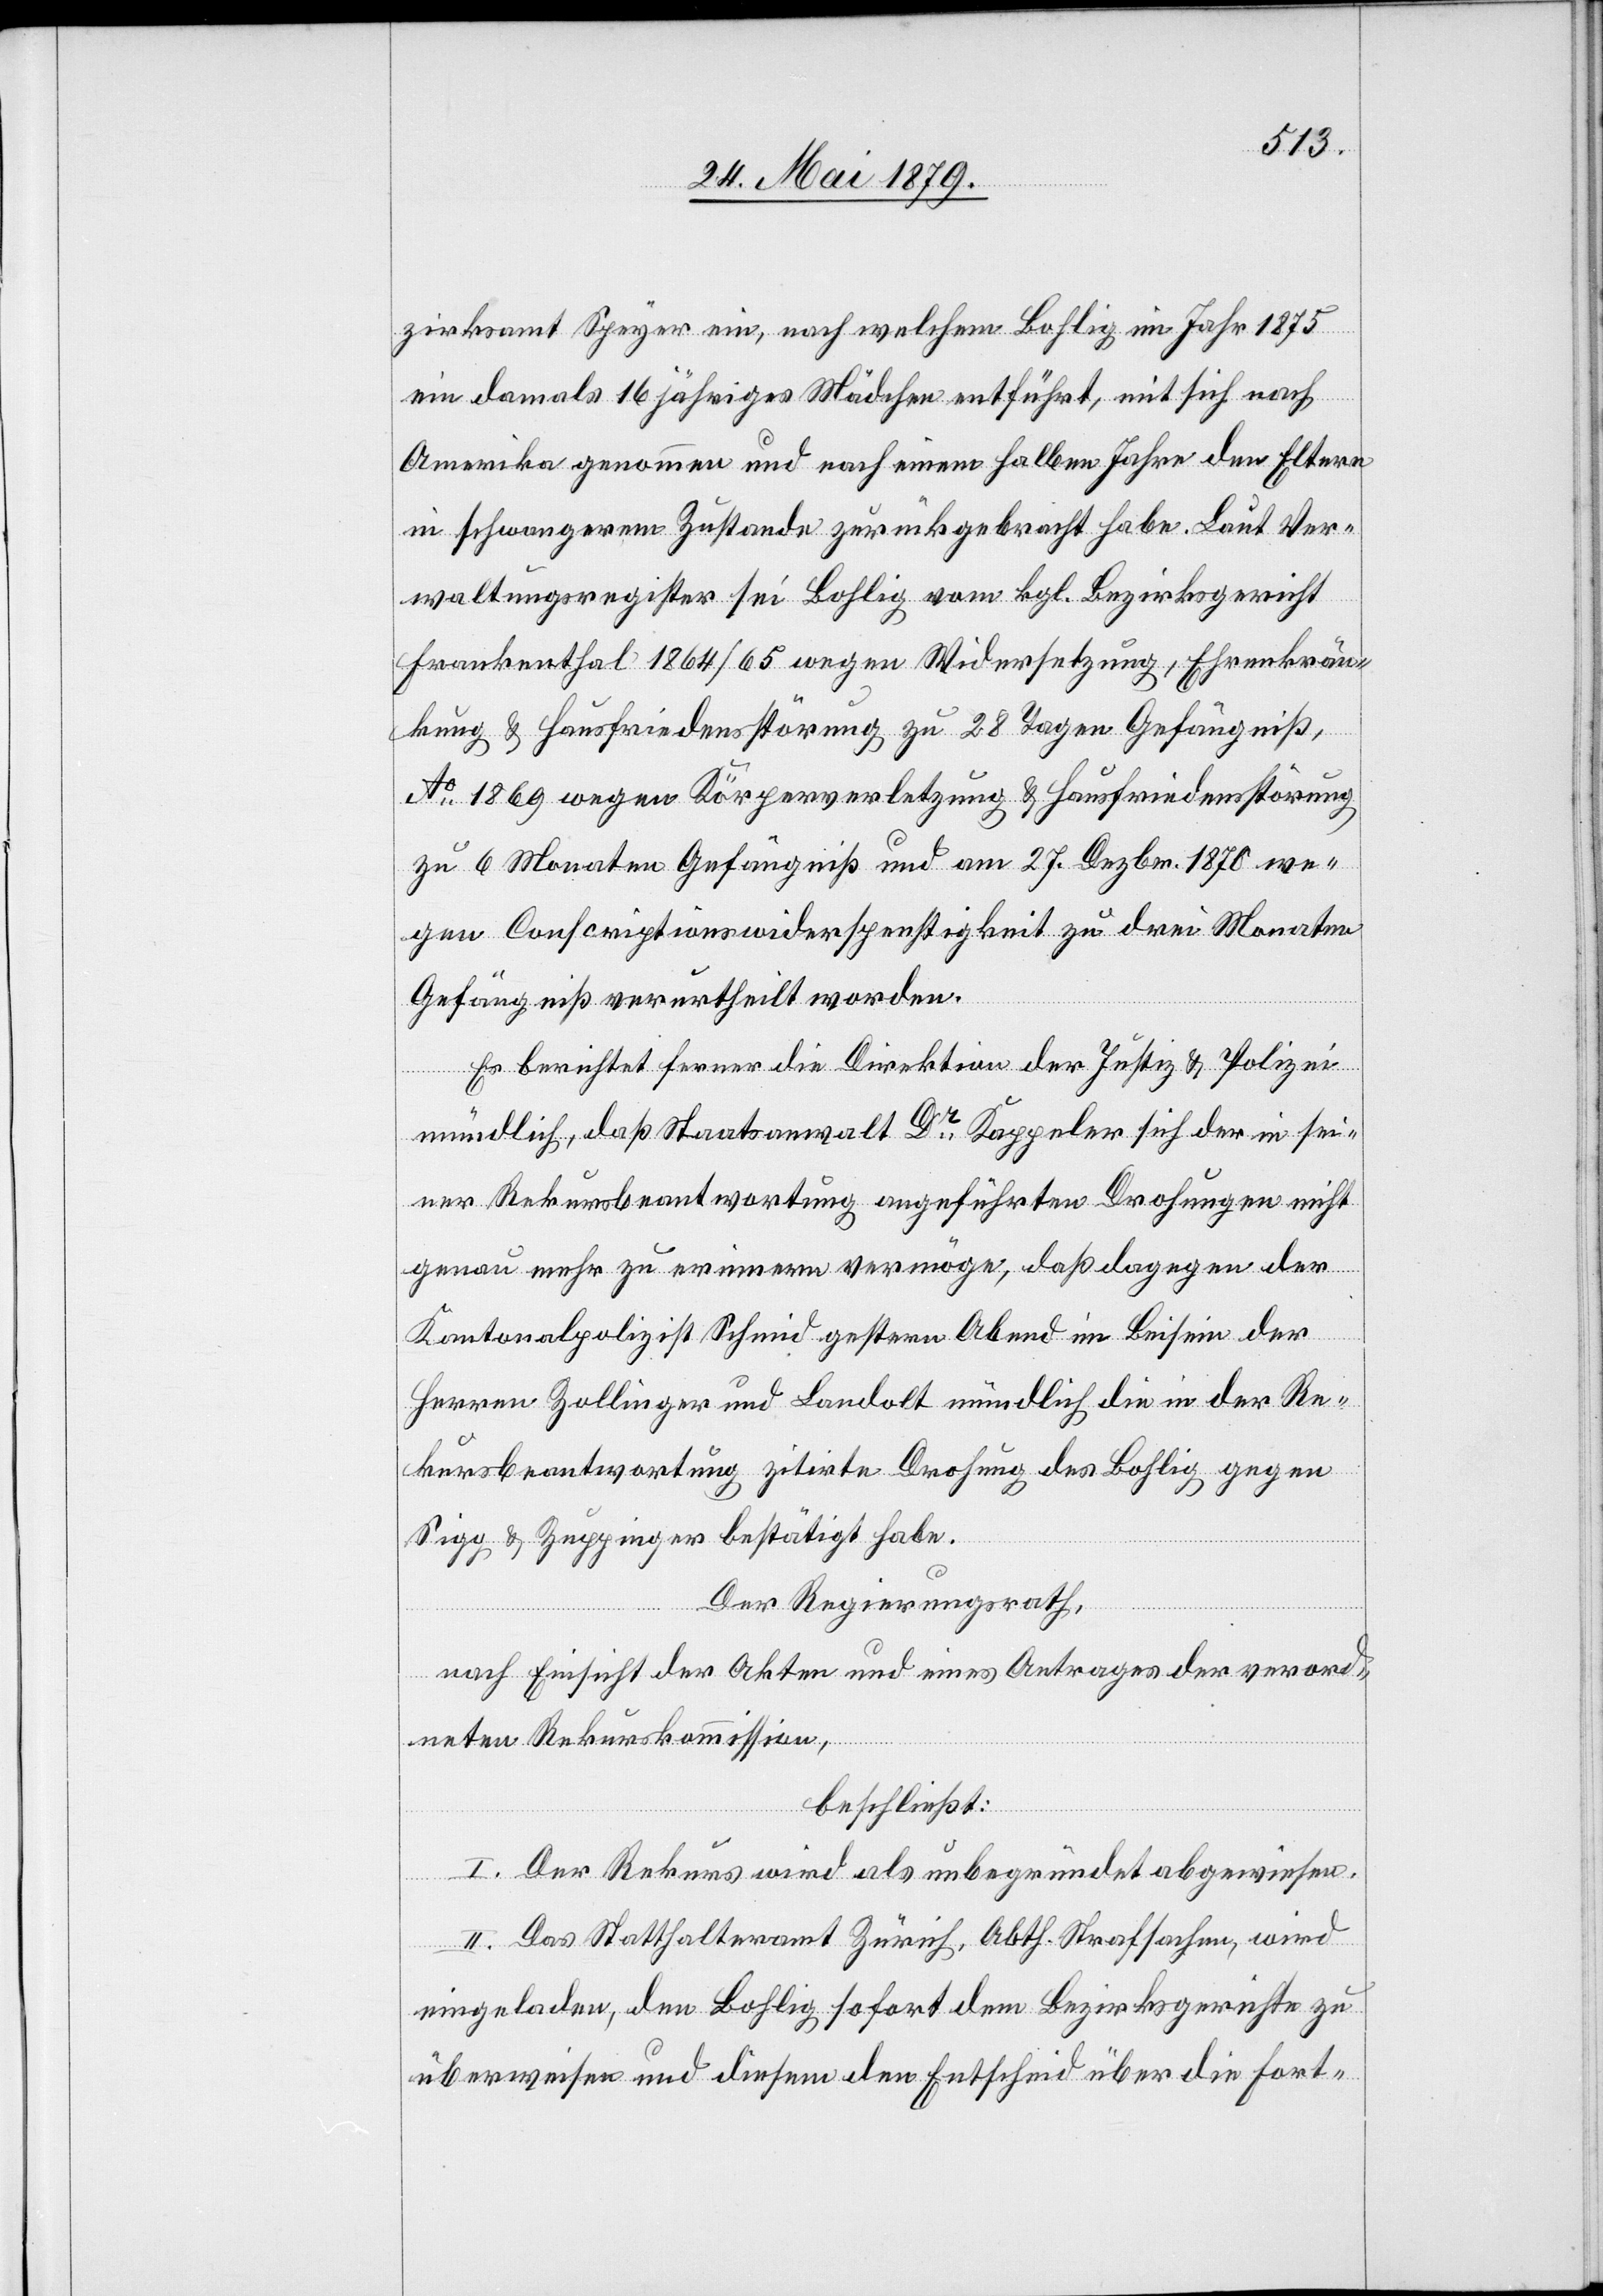
zirksamt Speyer ein, nach welchem Bohlig im Jahr 1875
ein damals 16jähriges Mädchen entführt, mit sich nach
Amerika genommen und nach einem halben Jahre den Eltern
in schwangerem Zustande zurückgebracht habe. Laut Ver¬
waltungsregister sei Bohlig vom kgl. Bezirksgericht
Frankenthal 1864/65 wegen Widersetzung, Ehrenkrän¬
kung & Hausfriedensstörung zu 28 Tagen Gefängniß,
Ao 1869 wegen Körperverletzung & Hausfriedensstörung
zu 6 Monaten Gefängniß und am 27. Dezbr. 1870 we¬
gen Conscriptionswiderspenstigkeit zu drei Monaten
Gefängniß verurtheilt worden.
Es berichtet ferner die Direktion der Justiz & Polizei
mündlich, daß Staatsanwalt Dr Kappeler sich der in sei¬
ner Rekursbeantwortung angeführten Drohungen nicht
genau mehr zu erinnern vermöge, daß dagegen der
Kantonalpolizist Schmid gestern Abend im Beisein der
Herren Zollinger und Landolt mündlich die in der Re¬
kursbeantwortung zitirte Drohung des Bohlig gegen
Sigg & Zuppinger bestätigt habe.
Der Regierungsrath,
nach Einsicht der Akten und eines Antrages der verord¬
neten Rekurskommission,
beschließt:
I. Der Rekurs wird als unbegründet abgewiesen.
II. Das Statthalteramt Zürich, Abth. Strafsachen, wird
eingeladen, den Bohlig sofort dem Bezirksgerichte zu
überweisen und diesem den Entscheid über die Fort-